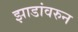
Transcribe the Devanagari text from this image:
झाडांवरुन